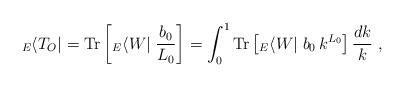
LaTeX: \begin{align*} \;{}_E\langle T_O | = {\rm Tr}\left[{}_E\langle W |\;\frac{b_0}{L_0}\right] = \int_0^1 {\rm Tr}\left[{}_E\langle W |\;b_0\,k^{L_0} \right] \frac{dk}{k}~,\end{align*}